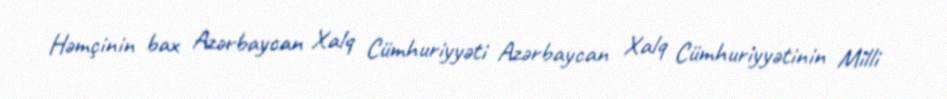
Həmçinin bax Azərbaycan Xalq Cümhuriyyəti Azərbaycan Xalq Cümhuriyyətinin Milli